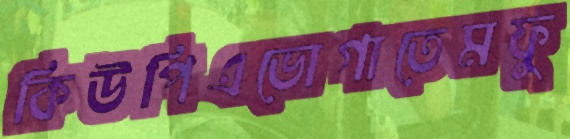
কিউপিএভোগাতেমফু